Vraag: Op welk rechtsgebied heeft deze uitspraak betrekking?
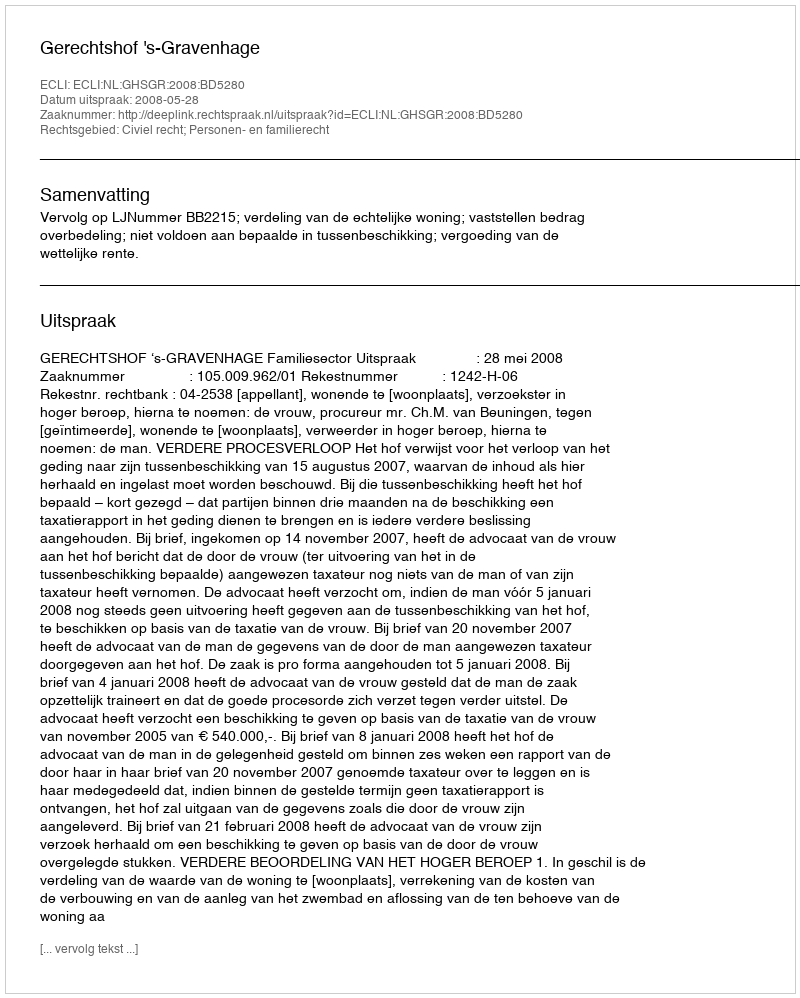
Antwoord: Civiel recht; Personen- en familierecht